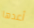
أعدها